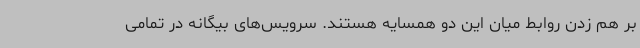
بر هم زدن روابط میان این دو همسایه هستند. سرویس‌های بیگانه در تمامی